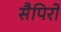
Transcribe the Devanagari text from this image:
सैपिरो